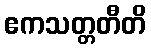
ဧကသတ္တတီတိ